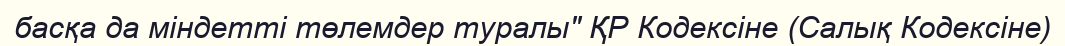
басқа да міндетті төлемдер туралы" ҚР Кодексіне (Салық Кодексіне)